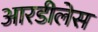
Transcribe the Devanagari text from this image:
आरडीलेस